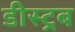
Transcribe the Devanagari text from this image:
डीस्ट्रब